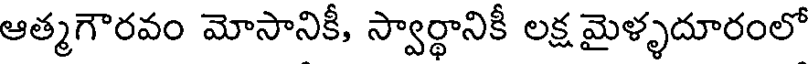
ఆత్మగౌరవం మోసానికీ, స్వార్థానికీ లక్ష మైళ్ళదూరంలో